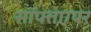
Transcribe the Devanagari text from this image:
सॉफ्तएयर